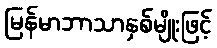
မြန်မာဘာသာနှစ်မျိုးဖြင့်